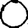
Digit: 0